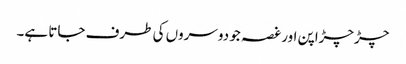
چڑچڑاپن اور غصہ جو دوسروں کی طرف جاتا ہے۔